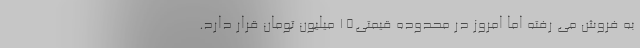
به فروش می رفته اما امروز در محدوده قیمتی15 میلیون تومان قرار دارد.